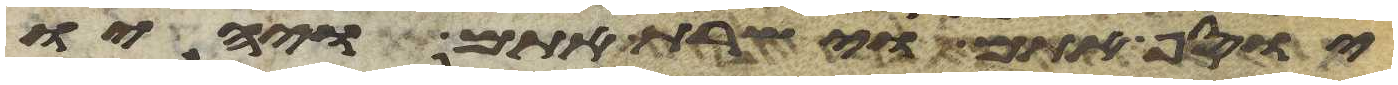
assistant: יוסף אתם וישרת אתם ויהיו